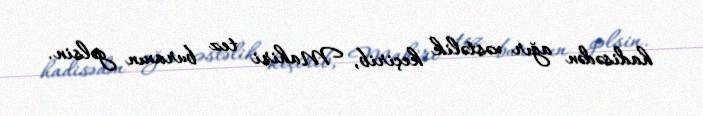
hadisədən ağır xəstəlik keçirib, Mahiri tez buraxın gəlsin.